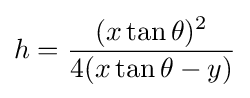
h={\frac {(x\tan \theta )^{2}}{4(x\tan \theta -y)}}